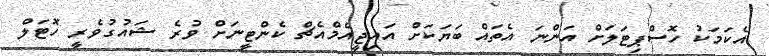
އެކަމަކު ހޮސްޕިޓަލަށް އަންނަ އެތައް ބަޔަކަށް އައިޖީއެމްއެޗް ކެންޓީނަށް ވުރެ ޝައުގުވެރީ ހޮޓަލް